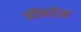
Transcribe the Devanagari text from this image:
ब्रॉकडेन